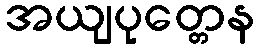
အယျပုတ္တေန